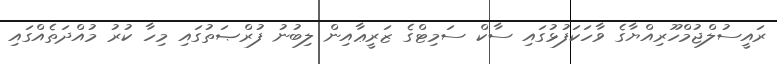
ރައީސުލްޖުމްހޫރިއްޔާގެ ވާހަކަފުޅުގައި ސާކް ސަމިޓްގެ ޒަރީޢާއިން ލިބުނު ފުރްޞަތުގައި މިހާ ކުރު މުއްދަތެއްގައި